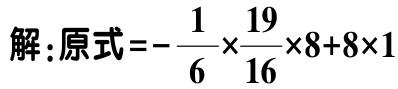
解:原式\(=-\frac{1}{6}\times\frac{19}{16}\times8 + 8\times1\)